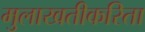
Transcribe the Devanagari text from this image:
मुलाखतीकरिता